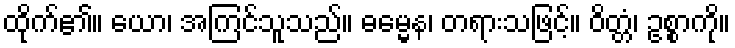
ထိုက်၏။ ယော၊ အကြင်သူသည်။ ဓမ္မေန၊ တရားသဖြင့်။ ဝိတ္တံ၊ ဥစ္စာကို။